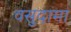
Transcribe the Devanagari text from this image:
वसुदामा